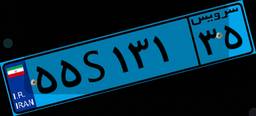
۹۹S۰۳۰۲۷